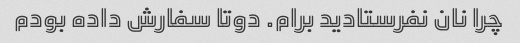
چرا نان نفرستادید برام. دوتا سفارش داده بودم